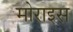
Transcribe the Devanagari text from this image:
मोराइस